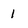
Character: 1